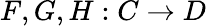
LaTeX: F,G,H:C\to D